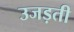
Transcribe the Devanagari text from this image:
उजड़ती